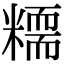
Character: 糥